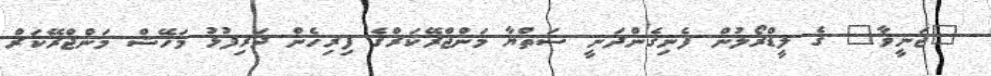
"ޖަނީވާ" ގެ ލީޑްރޯލުން ފެނިގެންދަނީ ސަތްޔާ މަންޖްރޭކަރްގެ ފިރިހެން ދަރިފުޅު މަހޭޝް މަންޖްރޭކަރް